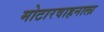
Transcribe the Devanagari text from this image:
मोटारवाहनाला